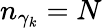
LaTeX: n_{\gamma_{k}}=N